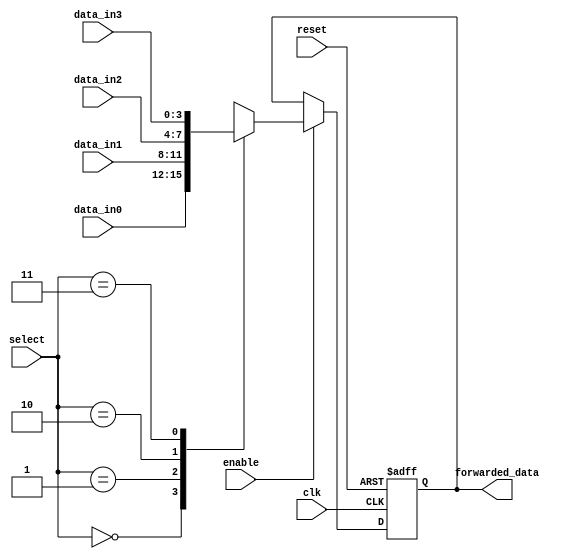
module ForwardingRegister (
    input wire [3:0] data_in0,     // Data input from source 0
    input wire [3:0] data_in1,     // Data input from source 1
    input wire [3:0] data_in2,     // Data input from source 2
    input wire [3:0] data_in3,     // Data input from source 3
    input wire [1:0] select,        // Select lines for data input
    input wire clk,                 // Clock signal
    input wire enable,              // Enable signal
    input wire reset,               // Asynchronous reset signal
    output reg [3:0] forwarded_data // Forwarded data output
);

    // Always block for handling the reset and clock behavior
    always @(posedge clk or posedge reset) begin
        if (reset) begin
            forwarded_data <= 4'b0000; // Clear the register on reset
        end else if (enable) begin
            case (select)
                2'b00: forwarded_data <= data_in0; // Forward data from input 0
                2'b01: forwarded_data <= data_in1; // Forward data from input 1
                2'b10: forwarded_data <= data_in2; // Forward data from input 2
                2'b11: forwarded_data <= data_in3; // Forward data from input 3
                default: forwarded_data <= 4'b0000; // Default case (should not occur)
            endcase
        end
    end

endmodule